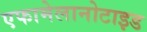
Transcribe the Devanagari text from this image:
एफामेलानोटाइड